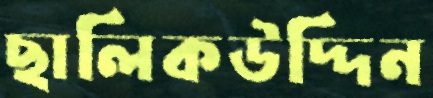
ছালিকউদ্দিন